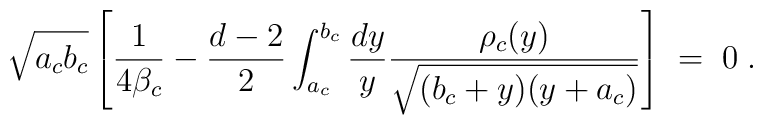
\sqrt{a_cb_c}\left[ {1\over 4\beta_c}-{d-2\over 2}\int_{a_c}^{b_c} {dy\over y} {\rho_c(y)\over \sqrt{(b_c+y)(y+a_c)}}\right]\;=\;0\;.